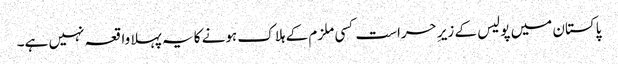
پاکستان میں پولیس کے زیرِ حراست کسی ملزم کے ہلاک ہونے کا یہ پہلا واقعہ نہیں ہے۔